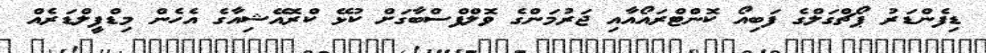
ޑިފެންޑަރު ޕޯޗްގަލްގެ ފަބިއޯ ކޮންޓްރައޯއާއި ޖަރުމަންގެ ވޮލްފްސްބާގަށް ކުޅޭ ކްރޮއޭޝިއާގެ އެހެން މިޑްފީލްޑަރެއް